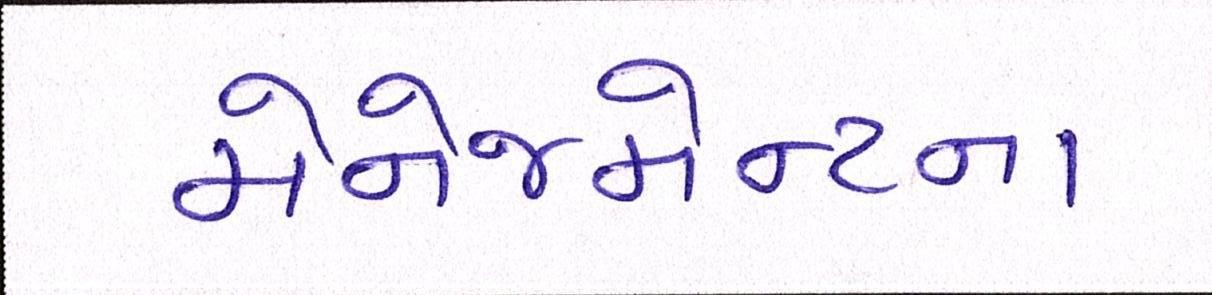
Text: મેનેજમેન્ટના